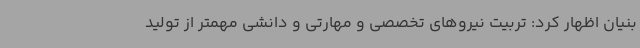
بنیان اظهار کرد: تربیت نیروهای تخصصی و مهارتی و دانشی مهمتر از تولید